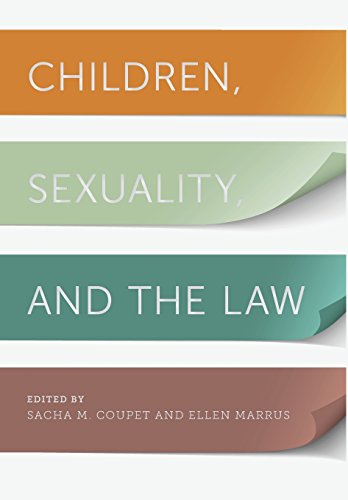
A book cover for Children, Sexuality, and the Law (Families, Law, and Society); Law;